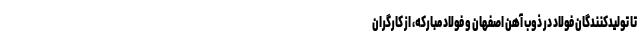
تا تولیدکنندگان فولاد در ذوب آهن اصفهان و فولاد مبارکه، از کارگران